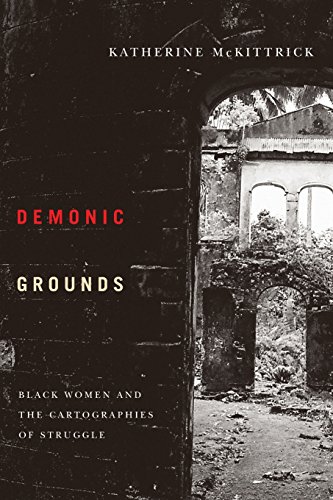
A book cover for Demonic Grounds: Black Women And The Cartographies Of Struggle; Katherine McKittrick; Politics & Social Sciences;